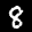
Label: 8